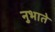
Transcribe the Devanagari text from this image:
नुभाते